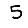
Digit: 5